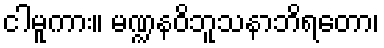
ငါမူကား။ မဏ္ဍနဝိဘူသနာဘိရတော၊